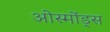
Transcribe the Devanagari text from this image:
ओस्मोंड्स